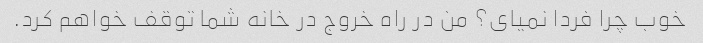
خوب چرا فردا نمیای؟ من در راه خروج در خانه شما توقف خواهم کرد.